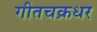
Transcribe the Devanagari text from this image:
गीतचक्रधर